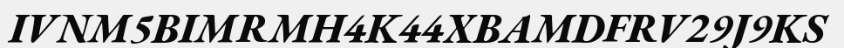
IVNM5BIMRMH4K44XBAMDFRV29J9KS